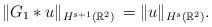
LaTeX: \begin{align*} \|G_1* u\|_{H^{s+1}(\mathbb R^2)}\,=\|u\|_{H^{s}(\mathbb R^2)}.\end{align*}